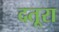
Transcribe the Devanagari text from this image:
दतूरा